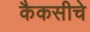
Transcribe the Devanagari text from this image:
कैकसीचे